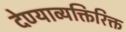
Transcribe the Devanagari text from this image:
देण्याव्यक्तिरिक्त